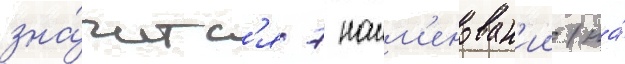
зна́читс'я 7 наим'енован'ии (на́